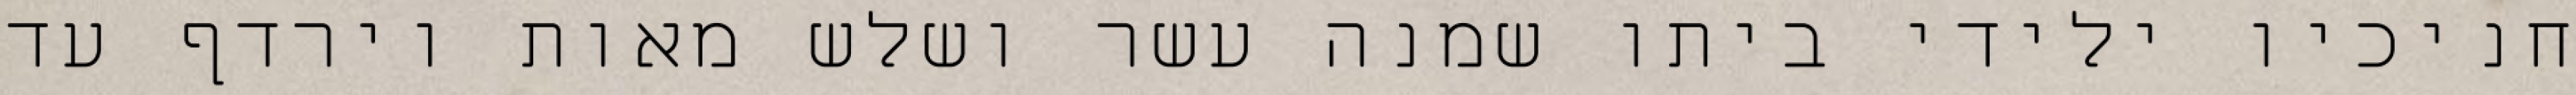
חניכיו ילידי ביתו שמנה עשר ושלש מאות וירדף עד